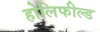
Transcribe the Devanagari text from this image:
होलिफील्ड